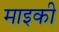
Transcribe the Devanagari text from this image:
माइकी